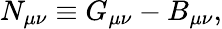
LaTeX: N_{\mu\nu}\equiv G_{\mu\nu}-B_{\mu\nu},